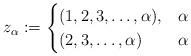
LaTeX: \begin{align*} z_\alpha := \begin{cases}(1,2,3,\dots,\alpha), & \alpha \\(2,3, \dots, \alpha) & \alpha \end{cases}\end{align*}